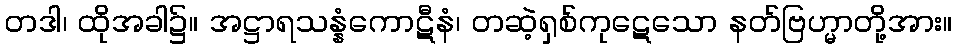
တဒါ၊ ထိုအခါ၌။ အဋ္ဌာရသန္နံကောဋီနံ၊ တဆဲ့ရှစ်ကုဋေသော နတ်ဗြဟ္မာတို့အား။